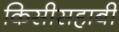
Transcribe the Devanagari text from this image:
किसीसहाबी